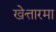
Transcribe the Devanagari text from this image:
खेत्तारमा